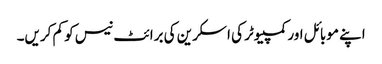
اپنے موبائل اور کمپیوٹر کی اسکرین کی برائٹ نیس کو کم کریں۔